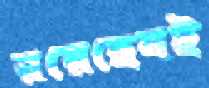
রয়েছেনই